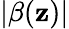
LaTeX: |\beta(\mathbf{z})|